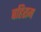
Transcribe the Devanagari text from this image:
बहिराम